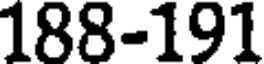
188-191